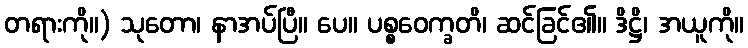
တရားကို။) သုတော၊ နာအပ်ပြီ။ ပေ။ ပစ္စဝေက္ခတိ၊ ဆင်ခြင်၏။ ဒိဋ္ဌိ၊ အယူကို။